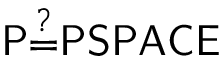
\mathsf { P { \overset { ? } { = } } P S P A C E }